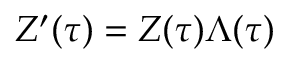
Z ^ { \prime } ( \tau ) = Z ( \tau ) \Lambda ( \tau )